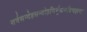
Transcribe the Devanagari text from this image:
सर्वसन्देहसन्दोहनिर्मूलनविचक्षणः